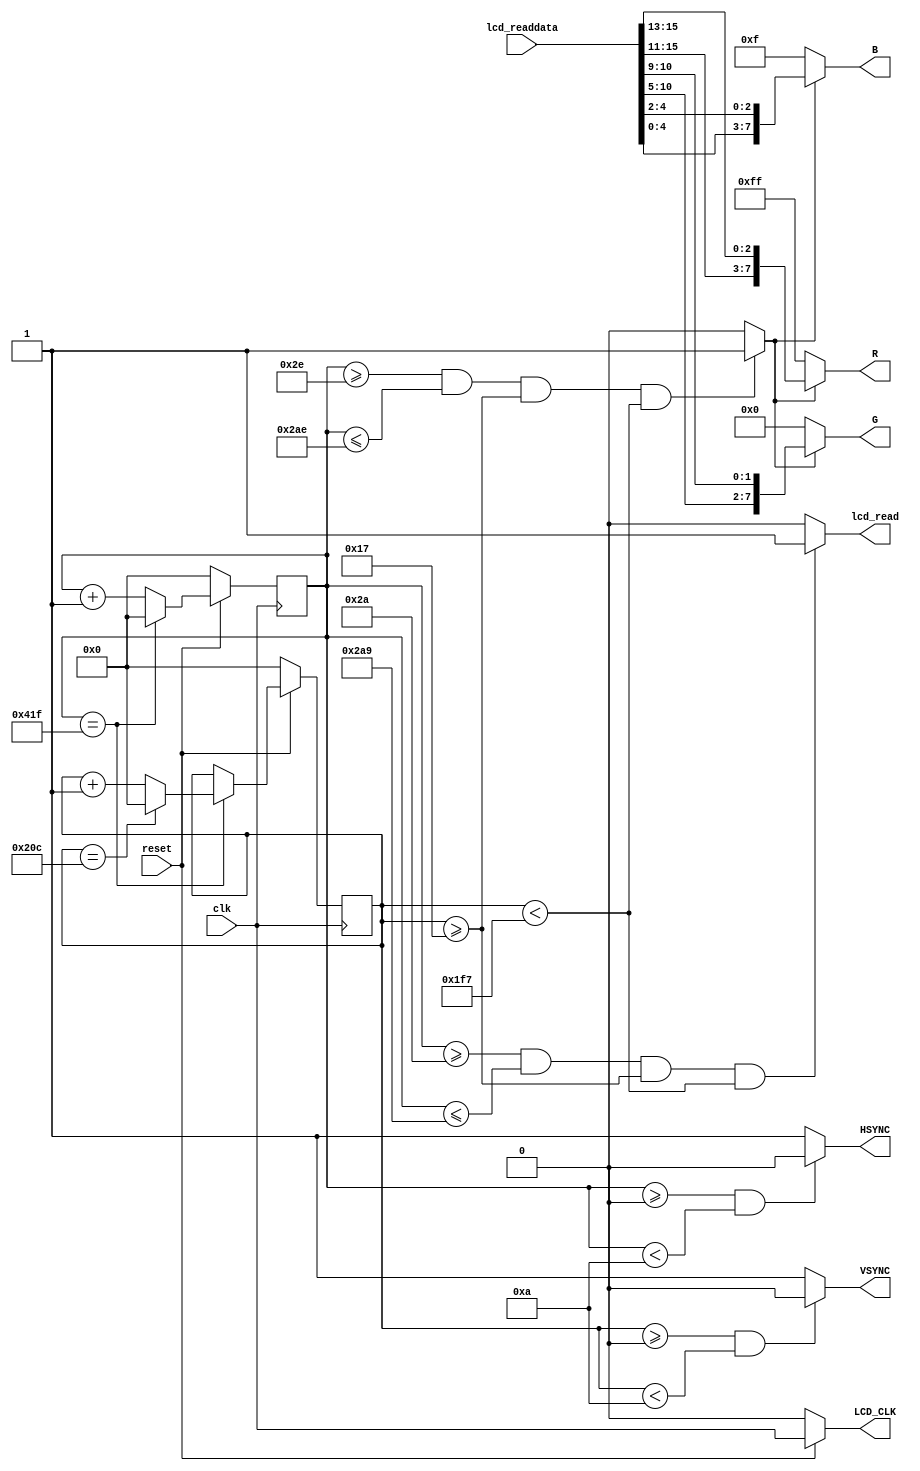
module big_lcd(

input clk,
input reset,
input [15:0] lcd_readdata,
output lcd_read,

output wire [7:0] R,
output wire [7:0] G,
output wire [7:0] B,
output wire HSYNC,
output wire VSYNC,
output wire LCD_CLK

);

reg [10:0] counter_hs;
reg [10:0] counter_vs;

reg [20:0] pixel_counter;

assign LCD_CLK = reset == 1 ? clk : 0;

always@(posedge clk)
begin
if(reset == 1'b0)
	begin
		counter_hs <= 0;
		counter_vs <= 0;
	end
	else
		begin
			if(counter_hs == 1055	)
			begin
			
				if(counter_vs == 524)
					counter_vs <= 0;
				else
					counter_vs <= counter_vs + 1;
			
				counter_hs <= 0;
			end
			else
				counter_hs <= counter_hs + 1;
		end	
end

wire data_en;

assign lcd_read = (counter_hs >= 42 && counter_hs <= 681 && counter_vs >= 23  && counter_vs < 503) ? 1 : 0;

assign data_en = (counter_hs >= 46 && counter_hs <= 686 && counter_vs >= 23  && counter_vs < 503) ? 1 : 0;

assign VSYNC = (counter_vs >= 0 && counter_vs < 10) ? 0 : 1;
assign HSYNC = (counter_hs >= 0 && counter_hs < 10) ? 0 : 1;

assign R = data_en == 1 ? {lcd_readdata[15:11], lcd_readdata[15:13]} : 8'hff;
assign G = data_en == 1 ? {lcd_readdata[10:5], lcd_readdata[10:9]} : 8'h00;
assign B = data_en == 1 ? {lcd_readdata[4:0], lcd_readdata[4:2]} : 8'h0f;


//always@(posedge clk)
//begin
//if(reset == 1'b0)
//	begin
//		pixel_counter <= 0;
//	end
//	else
//		begin
//			if(counter_hs >= 46 && counter_hs <= 686 && counter_vs >= 23  && counter_vs < 503)
//			begin
//				pixel_counter <= pixel_counter + 1;
//			end
//		else
//			if(counter_vs == 504)
//				pixel_counter <= 0;
//		end	
//end	 

endmodule